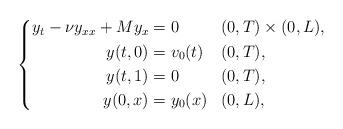
LaTeX: \begin{align*} \left\{ \begin{aligned} y_t - \nu y_{xx} + M y_{x} & = 0 && (0,T) \times (0,L), \\ y(t,0) &= v_0(t) && (0,T), \\ y(t,1) &= 0 && (0,T), \\ y(0,x) &= y_0(x) && (0,L), \end{aligned} \right.\end{align*}